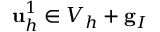
{ \mathbf u } _ { h } ^ { 1 } \in V _ { h } + { \mathbf g } _ { I }